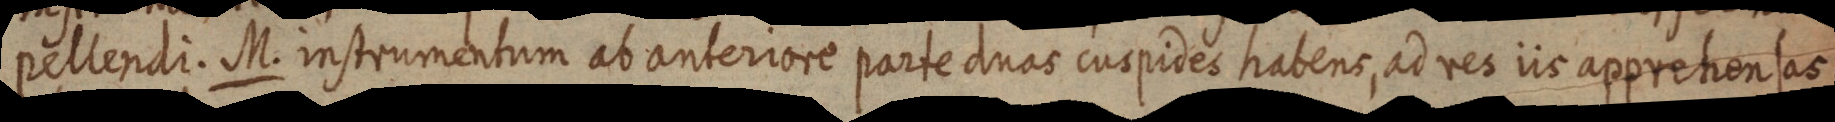
pellendi. M. instrumentum ab anteriore parte duas cuspides habens, ad res iis apprehensas